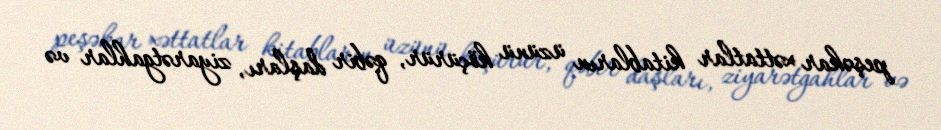
peşəkar xəttatlar kitabların üzünü köçürür, qəbir daşları, ziyarətgahlar və